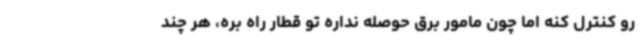
رو کنترل کنه اما چون مامور برق حوصله نداره تو قطار راه بره، هر چند